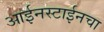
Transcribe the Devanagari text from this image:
आईनस्टाईनचा